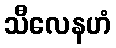
သီလေနဟံ